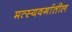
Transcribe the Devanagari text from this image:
मत्स्यवर्गातील